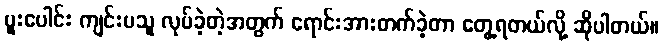
ပူးပေါင်း ကျင်းပသူ လုပ်ခဲ့တဲ့အတွက် ရောင်းအားတက်ခဲ့တာ တွေ့ရတယ်လို့ ဆိုပါတယ်။